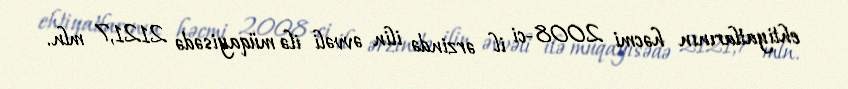
ehtiyatlarının həcmi 2008-ci il ərzində ilin əvvəli ilə müqayisədə 2121,7 mln.